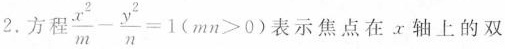
2.方程$$\frac{x^{2}}{m}- \frac{y^{2}}{n}=1(mn>0)$$表示焦点在x轴上的双